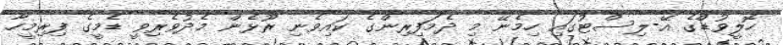
ހޮލީވުޑްގެ އޭ-ލިސްޓުގައި ހިމެނޭ މި ދެމަފިރިންގެ ކައިވެނި ރޫޅެން މެދުވެރިވީ ޑެމީގެ ފިރިމީހާ